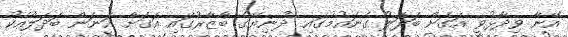
އޭނާ ވިދާޅުވީ އަގަށް ބަދަލު ގެނައުމުގައި ދުނިޔޭގެ ބާޒާރުގައި އަގަށް އަނަން ބަދަލާއެކު